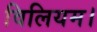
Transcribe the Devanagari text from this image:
विलियम।